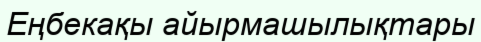
Еңбекақы айырмашылықтары